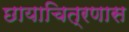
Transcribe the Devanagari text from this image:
छायाचित्रणास